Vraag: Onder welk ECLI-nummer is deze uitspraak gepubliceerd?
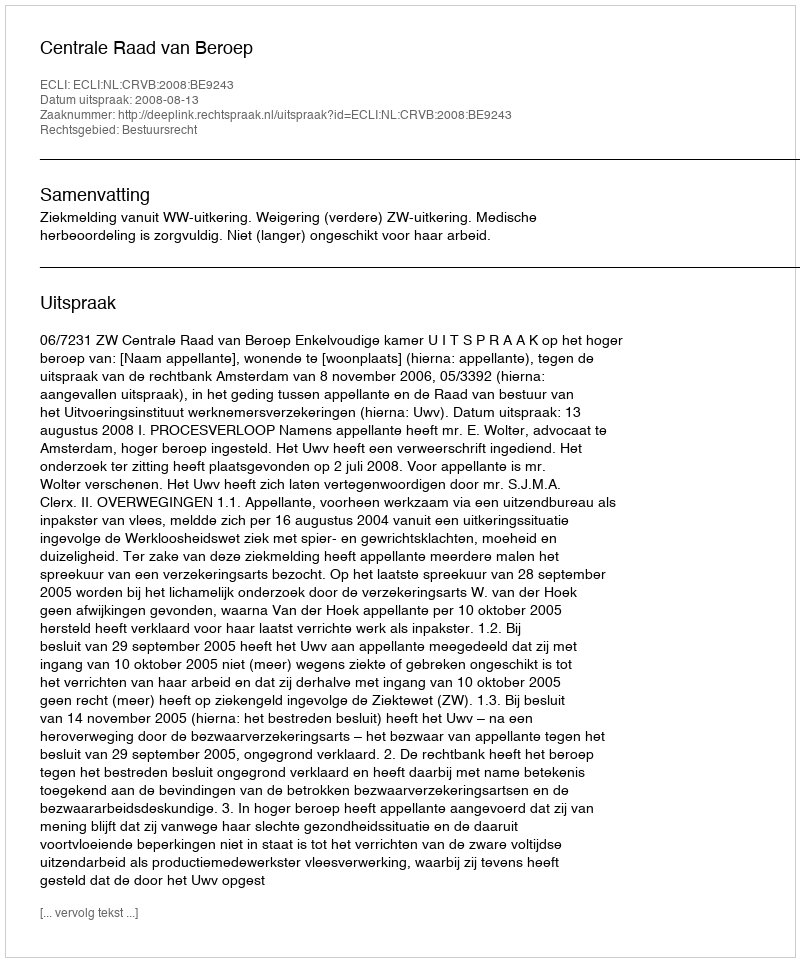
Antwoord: ECLI:NL:CRVB:2008:BE9243